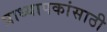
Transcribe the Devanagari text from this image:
प्राध्यापकांसाठी